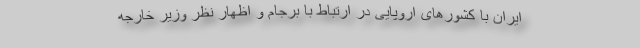
ایران با کشورهای اروپایی در ارتباط با برجام و اظهار نظر وزیر خارجه